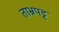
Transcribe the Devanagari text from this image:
ताभ्रपट्ट